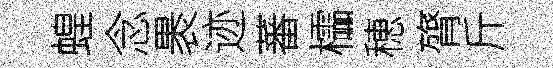
蝗念褁迹蕃櫺穂膂斤